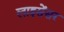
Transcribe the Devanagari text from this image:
लाइसेंसर